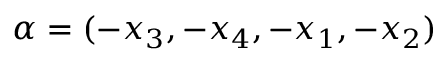
\alpha = ( - x _ { 3 } , - x _ { 4 } , - x _ { 1 } , - x _ { 2 } )